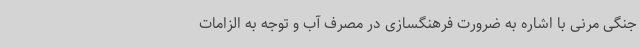
جنگی مرنی با اشاره به ضرورت فرهنگسازی در مصرف آب و توجه به الزامات